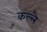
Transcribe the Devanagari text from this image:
कल्लै